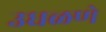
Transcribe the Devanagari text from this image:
उधळणे